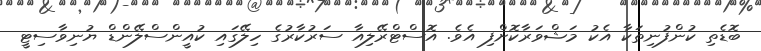
ބޮޑެތި ކުންފުނިތަކާ އެކު މަޝްވަރާކޮށްފި އެވެ. އޮސްޓްރޭލިއާ ސަރުކާރުގެ ހިލޭގައި ކުއީންސްލޭންޑް ޔުނިވާސިޓީ